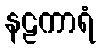
နဠကာရံ